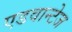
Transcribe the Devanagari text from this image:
एडवान्टेज